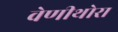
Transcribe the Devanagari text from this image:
वेणीथोरा